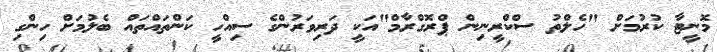
މޮނީޓާ ކުރުމަށް "ހެލްތު ސްކްރީނިން ޕްރޮގްރާމް"އަކީ ދަރިވަރުންގެ ސިއްހީ ކަންތައްތައް ބެލުމަށް ހިންގި